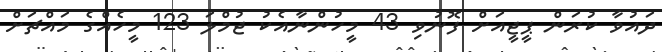
ދައުވާ ކުރަން ޕީޖީއަށް ފޮނުވި 43 މީހުންނާއެކު ޖުމްލަ 123 މީހެއްގެ މައްޗަށް